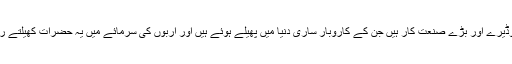
کرپشن بھی حصہ بقدر جثہ ہوتی ہے چونکہ ہماری سیاست کے آئی کون جاگیردار، وڈیرے اور بڑے صنعت کار ہیں جن کے کاروبار ساری دنیا میں پھیلے ہوئے ہیں اور اربوں کی سرمائے میں یہ حضرات کھیلتے رہتے ہیں سو جب وہ کرپشن کی طرف آتے ہیں تو پھر ان کی نظر اربوں پر ہوتی ہے۔